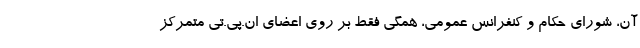
آن، شورای حکام و کنفرانس عمومی، همگی فقط بر روی اعضای ان.پی.تی متمرکز